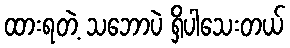
ထားရတဲ့ သဘောပဲ ရှိပါသေးတယ်